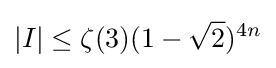
|I|\leq \zeta (3)(1-{\sqrt {2}})^{4n}